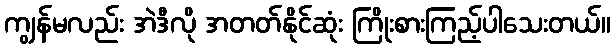
ကျွန်မလည်း အဲဒီလို အတတ်နိုင်ဆုံး ကြိုးစားကြည့်ပါသေးတယ်။